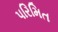
પરિમિત